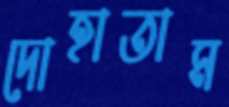
দোহাতাম